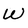
Character: W